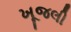
ખૂજલી